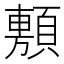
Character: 𮨗